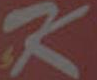
K